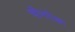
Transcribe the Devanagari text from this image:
चीनपेक्षा